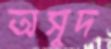
অসুদ